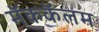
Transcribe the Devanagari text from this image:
मॅककॅलम